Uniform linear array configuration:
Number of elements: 12
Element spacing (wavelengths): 0.5
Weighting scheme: kaiser
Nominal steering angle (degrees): -60
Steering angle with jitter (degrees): -61.451
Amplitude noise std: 0.05
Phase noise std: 0.05

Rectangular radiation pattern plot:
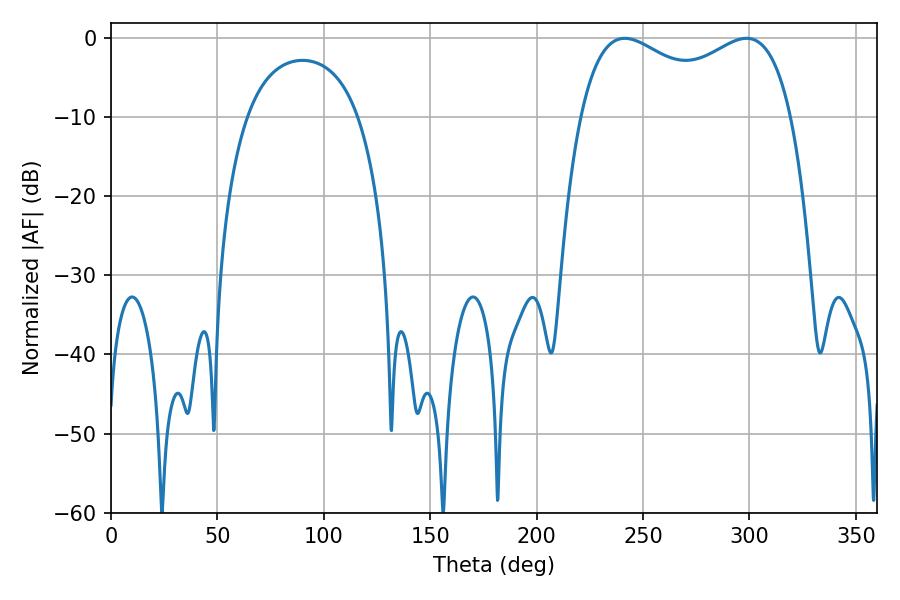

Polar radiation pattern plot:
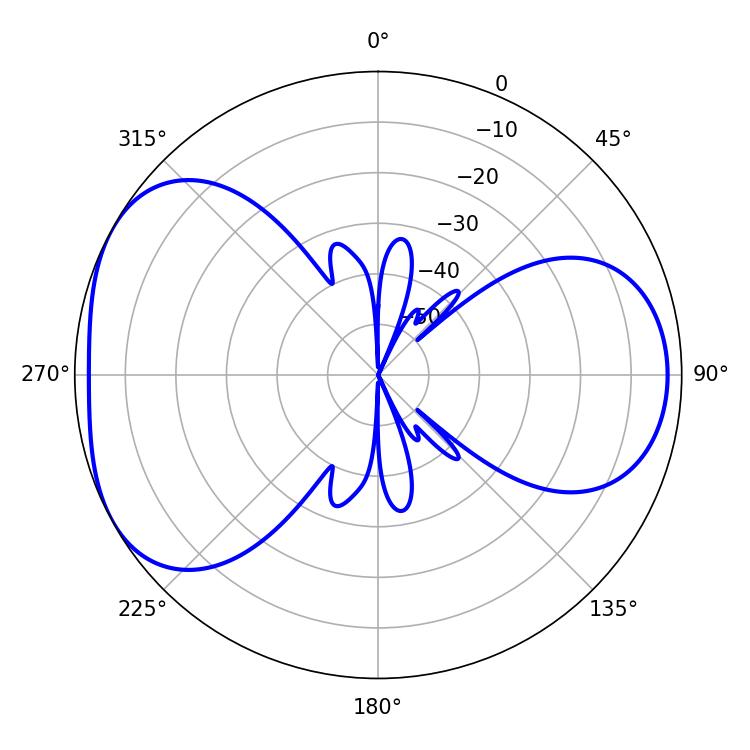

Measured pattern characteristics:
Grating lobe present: FALSE
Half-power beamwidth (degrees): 82.44
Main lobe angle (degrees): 241.38